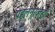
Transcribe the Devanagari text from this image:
पहलेनूरजहाँ